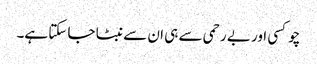
چوکسی اور بے رحمی سے ہی ان سے نبٹا جا سکتا ہے۔